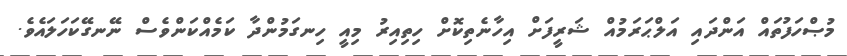
މުޞްހަފުތައް އަންދައި އަލްޙަރަމުއް ޝަރީފަށް އިހާނެތިކޮށް ހިތިއިރު މިއީ ހިނގަމުންދާ ކަމެއްކަންވެސް ނޭނގޭކަހަލައެވެ.